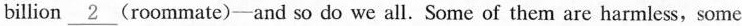
billion\underline{2} (roommate)—and so do we all. Some of them are harmless, some